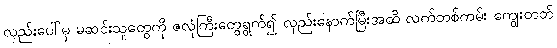
လှည်းပေါ်မှ မဆင်းသူတွေကို ဇလုံကြီးတွေရွက်၍ လှည်းနောက်မြီးအထိ လက်တစ်ကမ်း ကျွေးတတ်